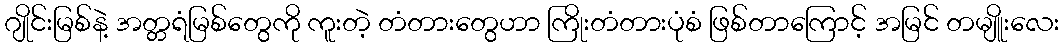
ဂျိုင်းမြစ်နဲ့ အတ္တရံမြစ်တွေကို ကူးတဲ့ တံတားတွေဟာ ကြိုးတံတားပုံစံ ဖြစ်တာကြောင့် အမြင် တမျိူးလေး